Plague in India, 1896, 1897 - Volume 1
Year: 1896
Disease focus: Plague
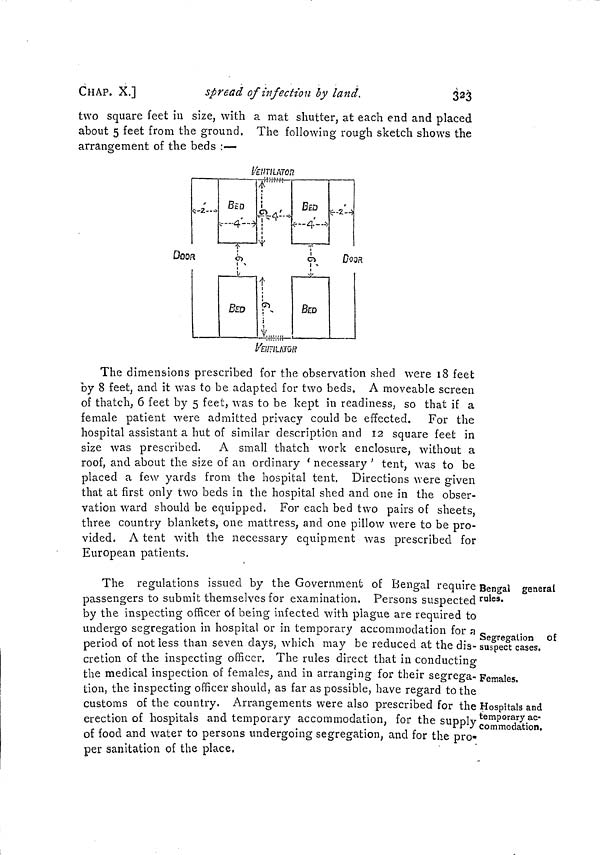
CHAP. X.]
spread of infection by land.
323
two square feet in size, with a mat shutter, at each end and placed
about 5 feet from the ground. The following rough sketch shows the
arrangement of the beds :—
The dimensions prescribed for the observation shed were 18 feet
by 8 feet, and it was to be adapted for two beds. A moveable screen
of thatch, 6 feet by 5 feet, was to be kept in readiness, so that if a
female patient were admitted privacy could be effected. For the
hospital assistant a hut of similar description and 12 square feet in
size was prescribed. A small thatch work enclosure, without a
roof, and about the size of an ordinary ' necessary ' tent, was to be
placed a few yards from the hospital tent. Directions were given
that at first only two beds in the hospital shed and one in the obser-
vation ward should be equipped. For each bed two pairs of sheets,
three country blankets, one mattress, and one pillow were to be pro-
vided. A tent with the necessary equipment was prescribed for
European patients.
Bengal general
rules.
Segregation of
suspect cases.
Females.
Hospitals and
temporary ac-
commodation.
The regulations issued by the Government of Bengal require
passengers to submit themselves for examination. Persons suspected
by the inspecting officer of being infected with plague are required to
undergo segregation in hospital or in temporary accommodation for a
period of not less than seven clays, which may be reduced at the dis-
cretion of the inspecting officer. The rules direct that in conducting
the medical inspection of females, and in arranging for their segrega-
tion, the inspecting officer should, as far as possible, have regard to the
customs of the country, Arrangements were also prescribed for the
erection of hospitals and temporary accommodation, for the supply
of food and water to persons undergoing segregation, and for the pro-
per sanitation of the place,